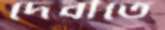
দেবীতে